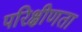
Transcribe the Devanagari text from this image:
परिक्षीणता